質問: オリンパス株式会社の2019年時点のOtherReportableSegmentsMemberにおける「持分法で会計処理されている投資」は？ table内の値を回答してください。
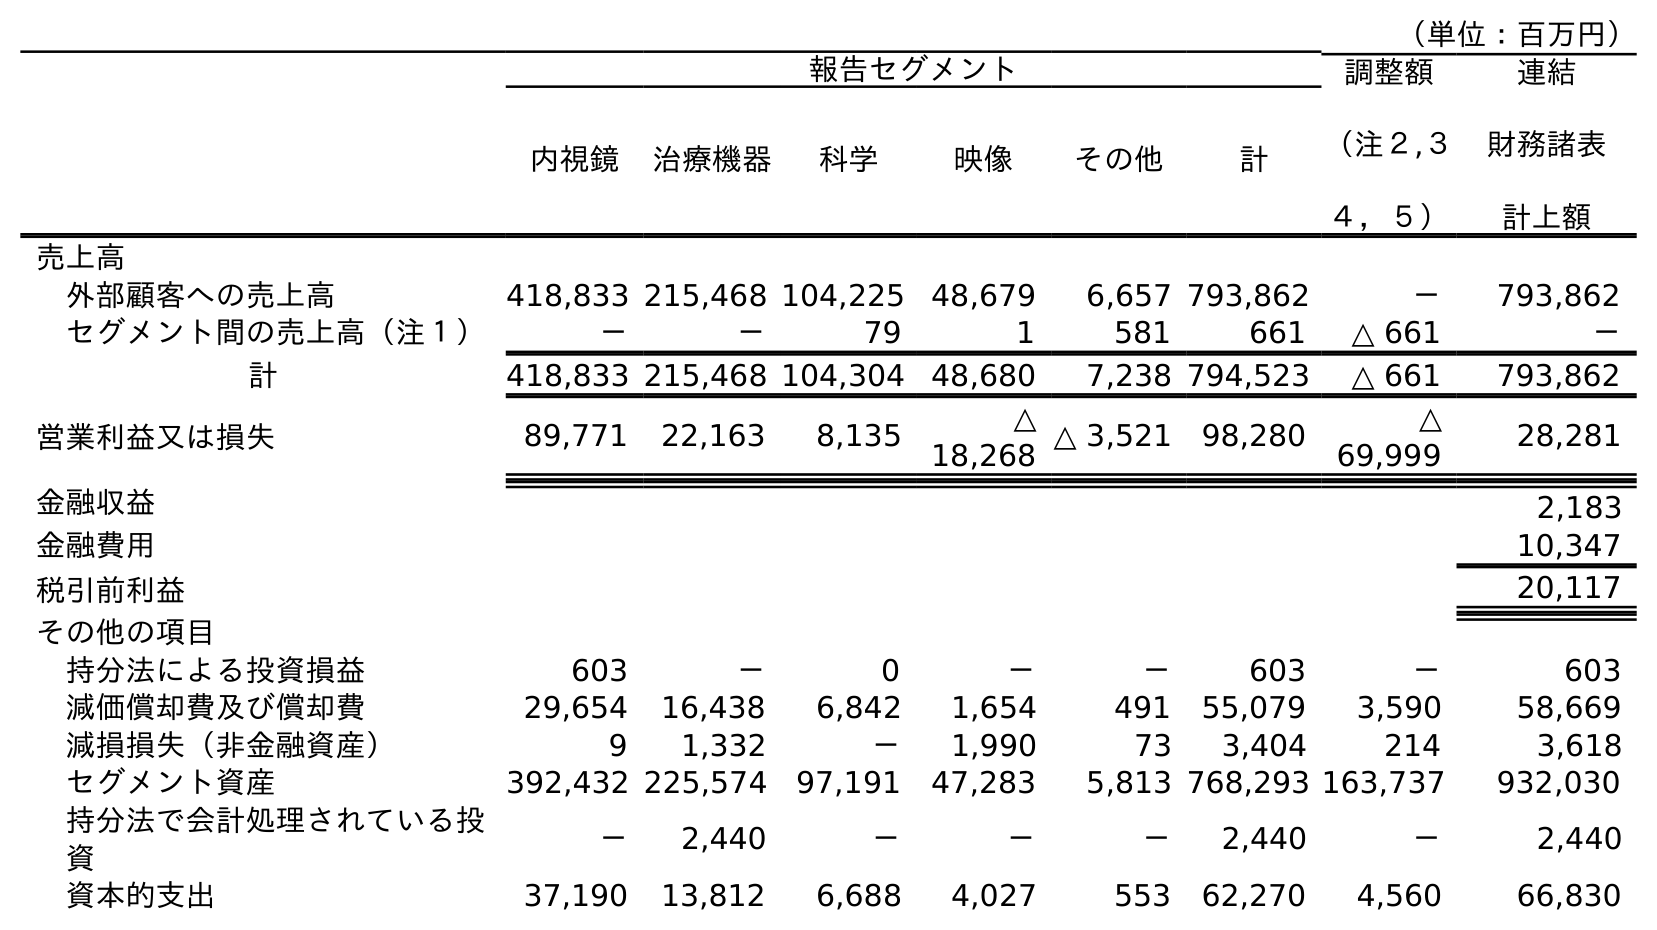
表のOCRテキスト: （単位：百万円） 報告セグメント 調整額 （注２,３ ４，５） 連結 財務諸表 計上額 内視鏡 治療機器 科学 映像 その他 計 売上高 外部顧客への売上高 418,833 215,468 104,225 48,679 6,657 793,862 － 793,862 セグメント間の売上高（注１） － － 79 1 581 661 △ 661 － 計 418,833 215,468 104,304 48,680 7,238 794,523 △ 661 793,862 営業利益又は損失 89,771 22,163 8,135 △ 18,268 △ 3,521 98,280 △ 69,999 28,281 金融収益 2,183 金融費用 10,347 税引前利益 20,117 その他の項目 持分法による投資損益 603 － 0 － － 603 － 603 減価償却費及び償却費 29,654 16,438 6,842 1,654 491 55,079 3,590 58,669 減損損失（非金融資産） 9 1,332 － 1,990 73 3,404 214 3,618 セグメント資産 392,432 225,574 97,191 47,283 5,813 768,293 163,737 932,030 持分法で会計処理されている投 資 － 2,440 － － － 2,440 － 2,440 資本的支出 37,190 13,812 6,688 4,027 553 62,270 4,560 66,830
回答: －